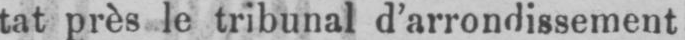
tat près le tribunal d’arrondissement